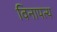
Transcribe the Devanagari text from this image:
विनापत्य